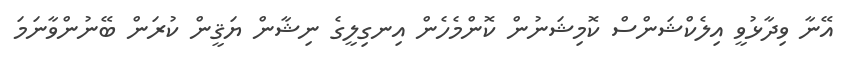
އޭނާ ވިދާޅުވީ އިލެކްޝަންސް ކޮމިޝަނުން ކޮންމެހެން އިނގިލީގެ ނިޝާން ޔަޤީން ކުރަން ބޭނުންވާނަމަ